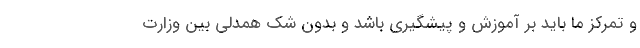
و تمرکز ما باید بر آموزش و پیشگیری باشد و بدون شک همدلی بین وزارت